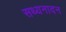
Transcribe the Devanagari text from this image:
सथ्यनादन